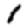
Digit: 1